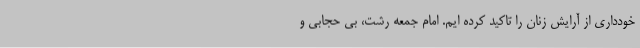
خودداری از آرایش زنان را تاکید کرده ایم. امام جمعه رشت، بی حجابی و